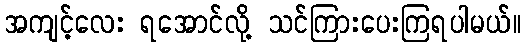
အကျင့်လေး ရအောင်လို့ သင်ကြားပေးကြရပါမယ်။